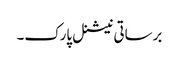
برساتی نیشنل پارک۔